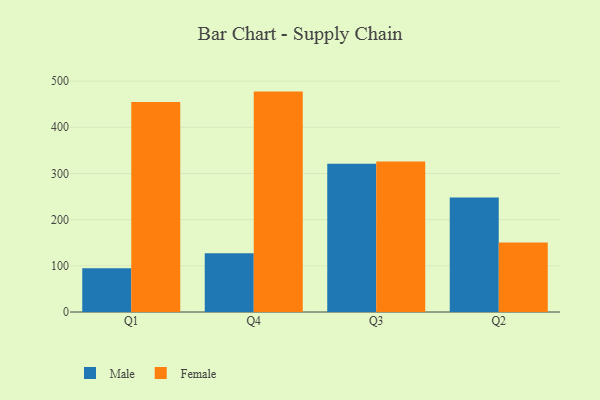
{"axis": {"x": "Quarter", "y": "Temperature (°C)"}, "legend": ["Female", "Male"], "data": [{"x": "Q1", "y": 94.9, "type": "Male"}, {"x": "Q1", "y": 454.6, "type": "Female"}, {"x": "Q4", "y": 127.4, "type": "Male"}, {"x": "Q4", "y": 477.3, "type": "Female"}, {"x": "Q3", "y": 321.2, "type": "Male"}, {"x": "Q3", "y": 325.9, "type": "Female"}, {"x": "Q2", "y": 247.9, "type": "Male"}, {"x": "Q2", "y": 150.4, "type": "Female"}]}